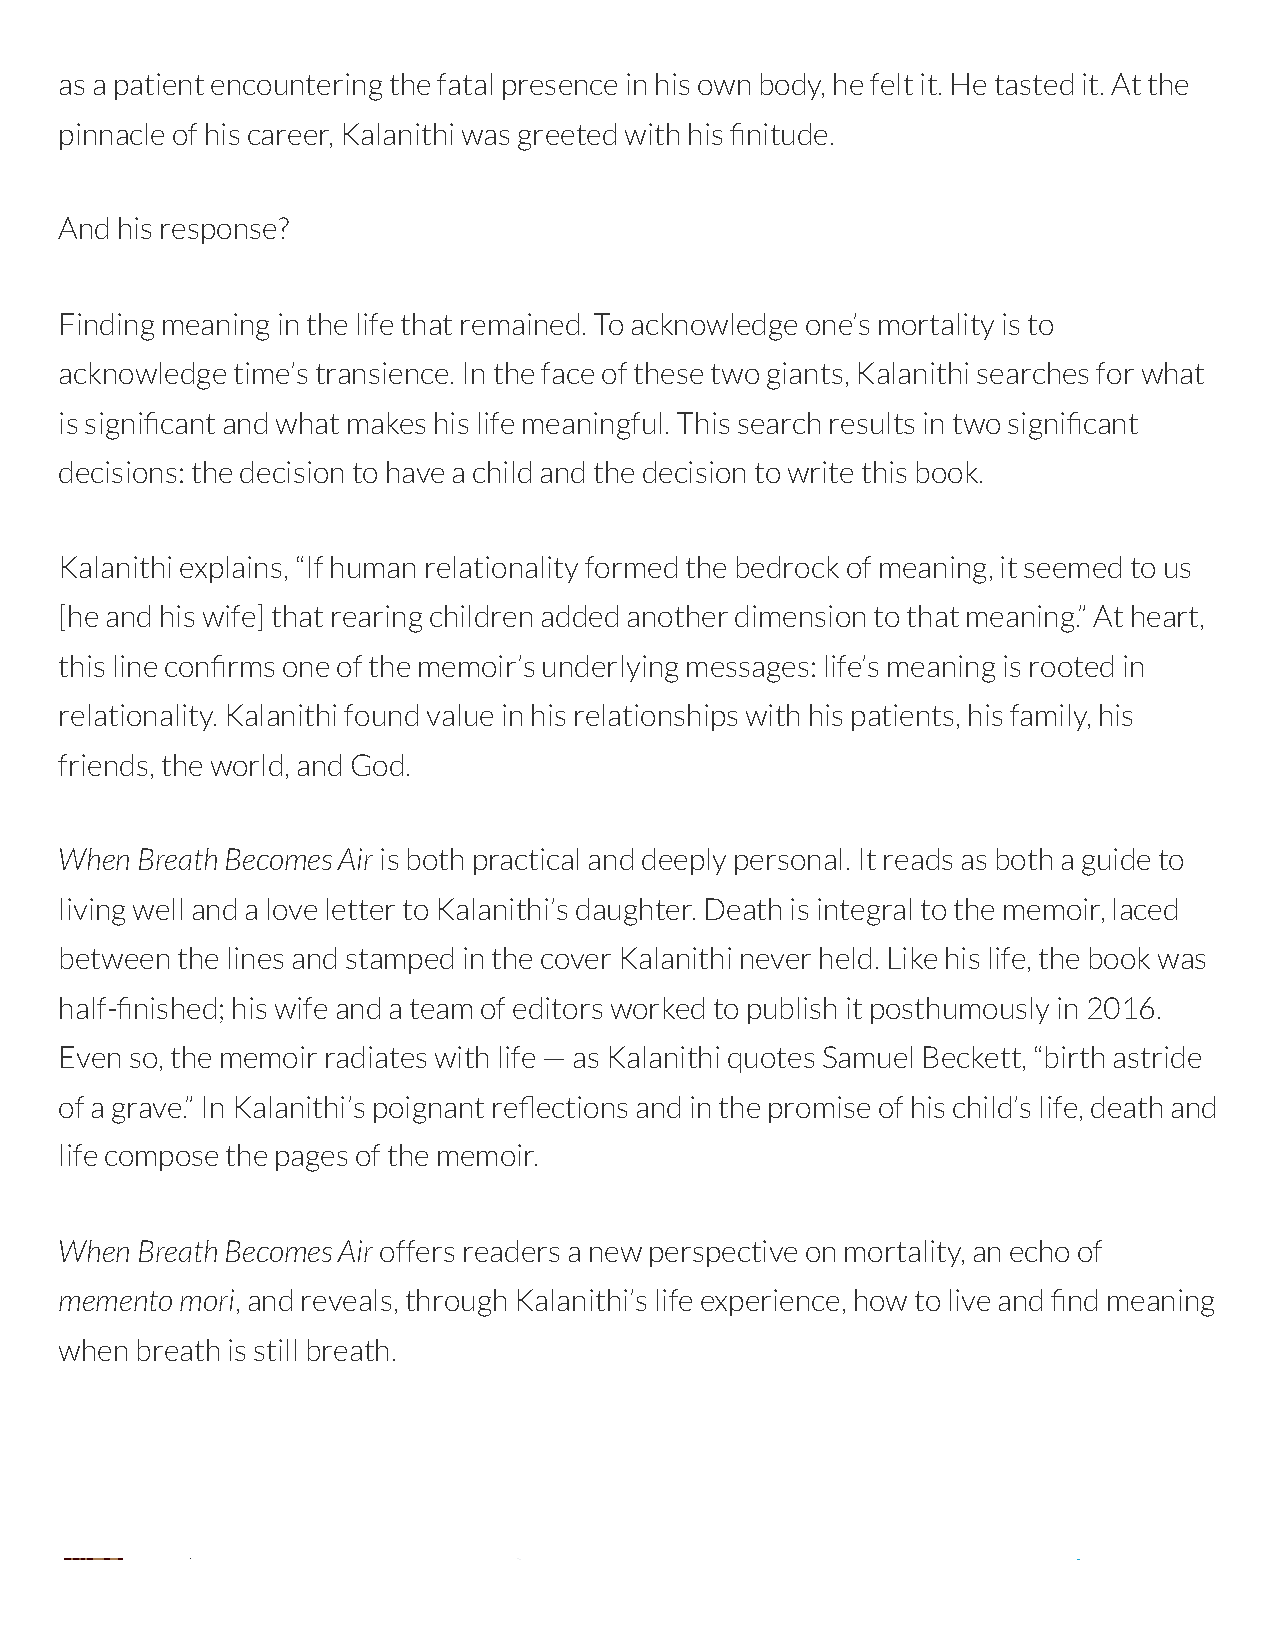
as a patient encountering the fatal presence in his own body, he felt it. He tasted it. At the
 pinnacle of his career, Kalanithi was greeted with his nitude.
 And his response?
 Finding meaning in the life that remained. To acknowledge one’s mortality is to
 acknowledge time’s transience. In the face of these two giants, Kalanithi searches for what
 is signicant and what makes his life meaningful. This search results in two signicant
 decisions: the decision to have a child and the decision to write this book.
 Kalanithi explains, “If human relationality formed the bedrock of meaning, it seemed to us
 [he and his wife] that rearing children added another dimension to that meaning.” At heart,
 this line conrms one of the memoir’s underlying messages: life’s meaning is rooted in
 relationality. Kalanithi found value in his relationships with his patients, his family, his
 friends, the world, and God.
 When Breath Becomes Air is both practical and deeply personal. It reads as both a guide to
 living well and a love letter to Kalanithi’s daughter. Death is integral to the memoir, laced
 between the lines and stamped in the cover Kalanithi never held. Like his life, the book was
 half-nished; his wife and a team of editors worked to publish it posthumously in 2016.
 Even so, the memoir radiates with life — as Kalanithi quotes Samuel Beckett, “birth astride
 of a grave.” In Kalanithi’s poignant reections and in the promise of his child’s life, death and
 life compose the pages of the memoir.
 When Breath Becomes Air offers readers a new perspective on mortality, an echo of
 memento mori, and reveals, through Kalanithi’s life experience, how to live and nd meaning
 when breath is still breath.